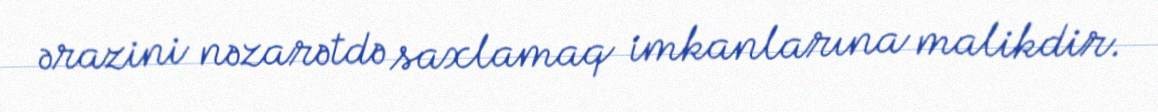
ərazini nəzarətdə saxlamaq imkanlarına malikdir.